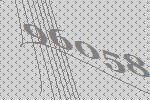
96058